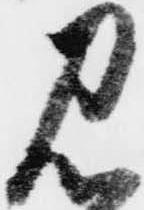
見